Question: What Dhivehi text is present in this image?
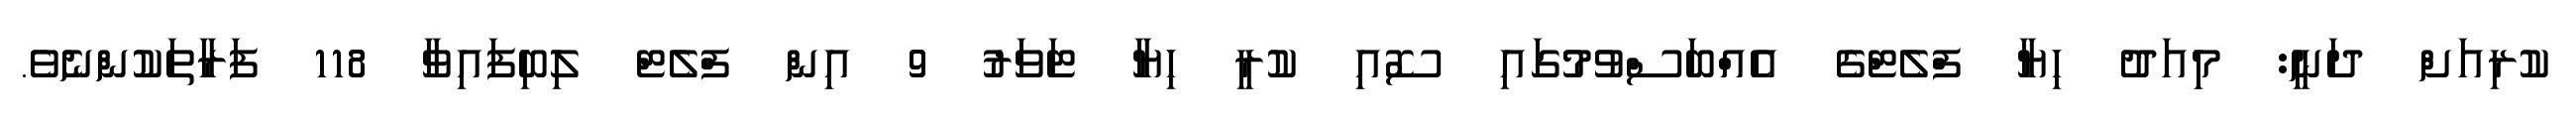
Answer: ކުރިއަށް ދަނީ: މިއަދު ހިޔާ ފްލެޓްގެ އެއްބަސްވުމުގައި ސޮއި ކުރީ ހިޔާ ޓަވަރު 9 އިން ފްލެޓް ލިބިފައިވާ 118 ފަރާތަކުންނެވެ.